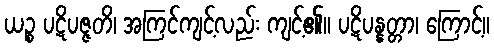
ယဉ္စ ပဋိပဇ္ဇတိ၊ အကြင်ကျင့်လည်း ကျင့်၏။ ပဋိပန္နတ္တာ၊ ကြောင့်။